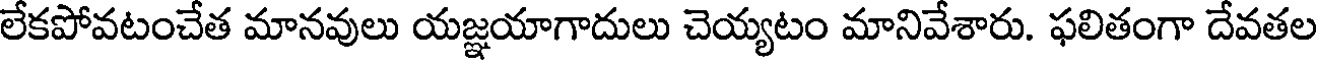
లేకపోవటంచేత మానవులు యజ్ఞయాగాదులు చెయ్యటం మానివేశారు. ఫలితంగా దేవతల